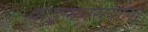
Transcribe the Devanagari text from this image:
वाङ्मनसयोः।